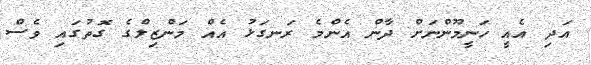
އަދި އެއީ ހަނީމޫންނަށް ދާން އެންމެ ރަނގަޅު އެއް މަންޒިލްގެ ގޮތުގައި ވެސް